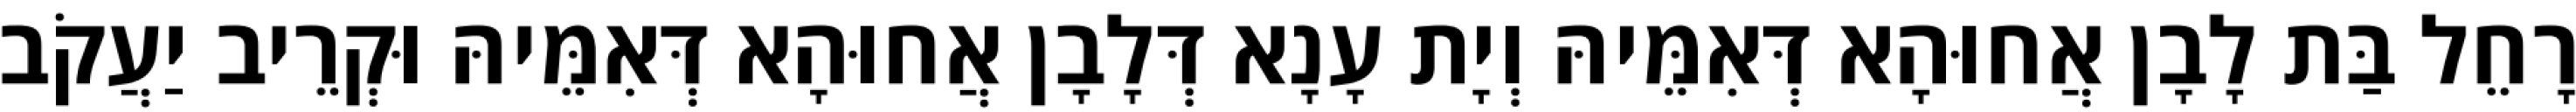
רָחֵל בַּת לָבָן אֲחוּהָא דְּאִמֵּיהּ וְיָת עָנָא דְּלָבָן אֲחוּהָא דְּאִמֵּיהּ וּקְרֵיב יַעֲקֹב